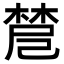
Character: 𣗗